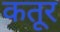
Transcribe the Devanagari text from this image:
कतूर